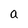
Character: a